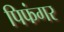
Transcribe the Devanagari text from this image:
पिफंगर